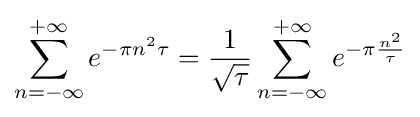
\sum _{n=-\infty }^{+\infty }e^{-\pi n^{2}\tau }={\frac {1}{\sqrt {\tau }}}\sum _{n=-\infty }^{+\infty }e^{-\pi {\frac {n^{2}}{\tau }}}